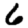
Digit: 6